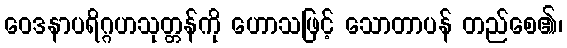
ဝေဒနာပရိဂ္ဂဟသုတ္တန်ကို ဟောသဖြင့် သောတာပန် တည်စေ၏၊